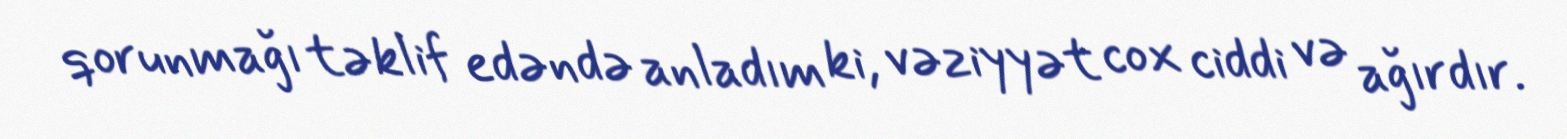
qorunmağı təklif edəndə anladım ki, vəziyyət cox ciddi və ağırdır.